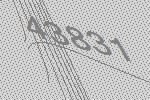
43831